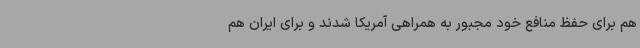
هم برای حفظ منافع خود مجبور به همراهی آمریکا شدند و برای ایران هم